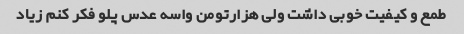
طمع و کیفیت خوبی داشت ولی هزارتومن واسه عدس پلو فکر کنم زیاد